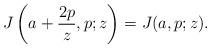
LaTeX: \begin{align*}J\left(a+\frac{2p}{z},p;z\right)=J(a,p;z).\end{align*}